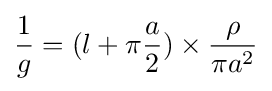
{\frac {1}{g}}=(l+\pi {\frac {a}{2}})\times {}{\frac {\rho }{\pi {}a^{2}}}